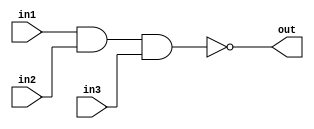
/*
    CS/ECE 552 Spring '19
    Homework #3, Problem 2

    3 input NAND
*/
module nand3 (in1,in2,in3,out);
    input in1,in2,in3;
    output out;
    assign out = ~(in1 & in2 & in3);
endmodule